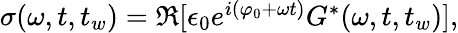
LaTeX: \begin{array}{r}{\sigma(\omega,t,t_{w})=\Re[\epsilon_{0}e^{i(\varphi_{0}+\omega t)}{G}^{*}(\omega,t,t_{w})],}\end{array}